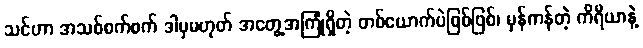
သင်ဟာ အသစ်စက်စက် ဒါမှမဟုတ် အတွေ့အကြုံရှိတဲ့ တစ်ယောက်ပဲဖြစ်ဖြစ်၊ မှန်ကန်တဲ့ ကိရိယာနဲ့